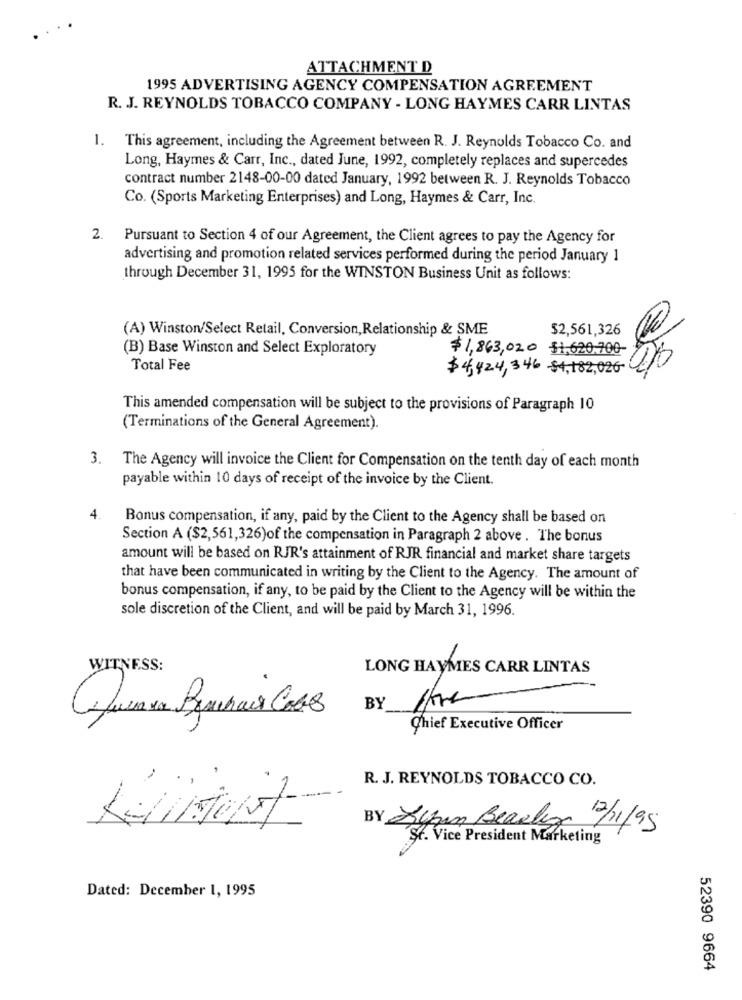
ATTACHMENT D
1995 ADVERTISING AGENCY COMPENSATION AGREEMENT
R. J. REYNOLDS TOBACCO COMPANY - LONG HAYMES CARR LINTAS
1. This agreement, including the Agreement between R. J. Reynolds Tobacco Co. and
Long, Haymes & Carr, Inc ., dated June, 1992, completely replaces and supercedes
contract number 2148-00-00 dated January, 1992 between R. J. Reynolds Tobacco
Co. (Sports Marketing Enterprises) and Long, Haymes & Carr, Inc.
2. Pursuant to Section 4 of our Agreement, the Client agrees to pay the Agency for
advertising and promotion related services performed during the period January 1
through December 31, 1995 for the WINSTON Business Unit as follows:
(A) Winston/Select Retail, Conversion, Relationship & SME
$2,561,326
(B) Base Winston and Select Exploratory
$1,863,00 $1,620.700-
Total Fee
$4,424,346 -$4,182,026
This amended compensation will be subject to the provisions of Paragraph 10
(Terminations of the General Agreement).
. The Agency will invoice the Client for Compensation on the tenth day of each month
payable within 10 days of receipt of the invoice by the Client.
4.
Bonus compensation, if any, paid by the Client to the Agency shall be based on
Section A ($2,561,326)of the compensation in Paragraph 2 above . The bonus
amount will be based on RJR's attainment of RJR financial and market share targets
that have been communicated in writing by the Client to the Agency. The amount of
bonus compensation, if any, to be paid by the Client to the Agency will be within the
sole discretion of the Client, and will be paid by March 31, 1996.
WITNESS:
LONG HAYMES CARR LINTAS
BY
Chief Executive Officer
R. J. REYNOLDS TOBACCO CO.
Klient
BY Jyben Beasley 2/11/95
Ş6. Vice President Marketing
Dated: December 1, 1995
52390 9664